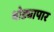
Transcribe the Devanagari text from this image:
थोड्यापार